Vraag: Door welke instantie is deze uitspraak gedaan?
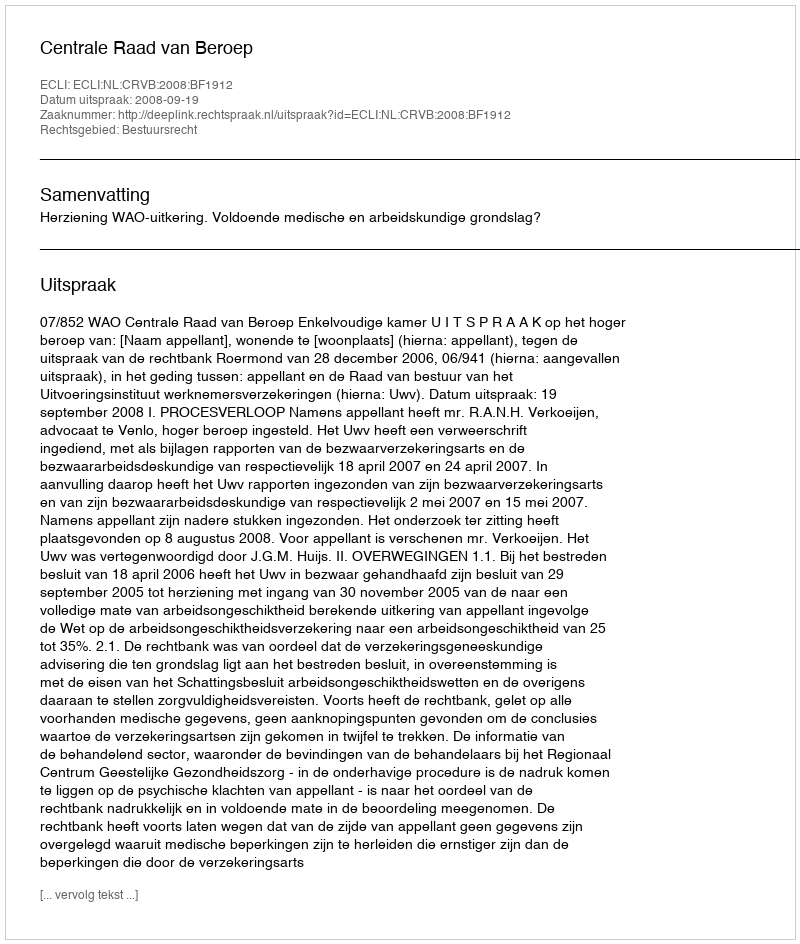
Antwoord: Centrale Raad van Beroep